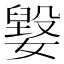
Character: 𡢕